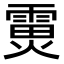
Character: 𮦟